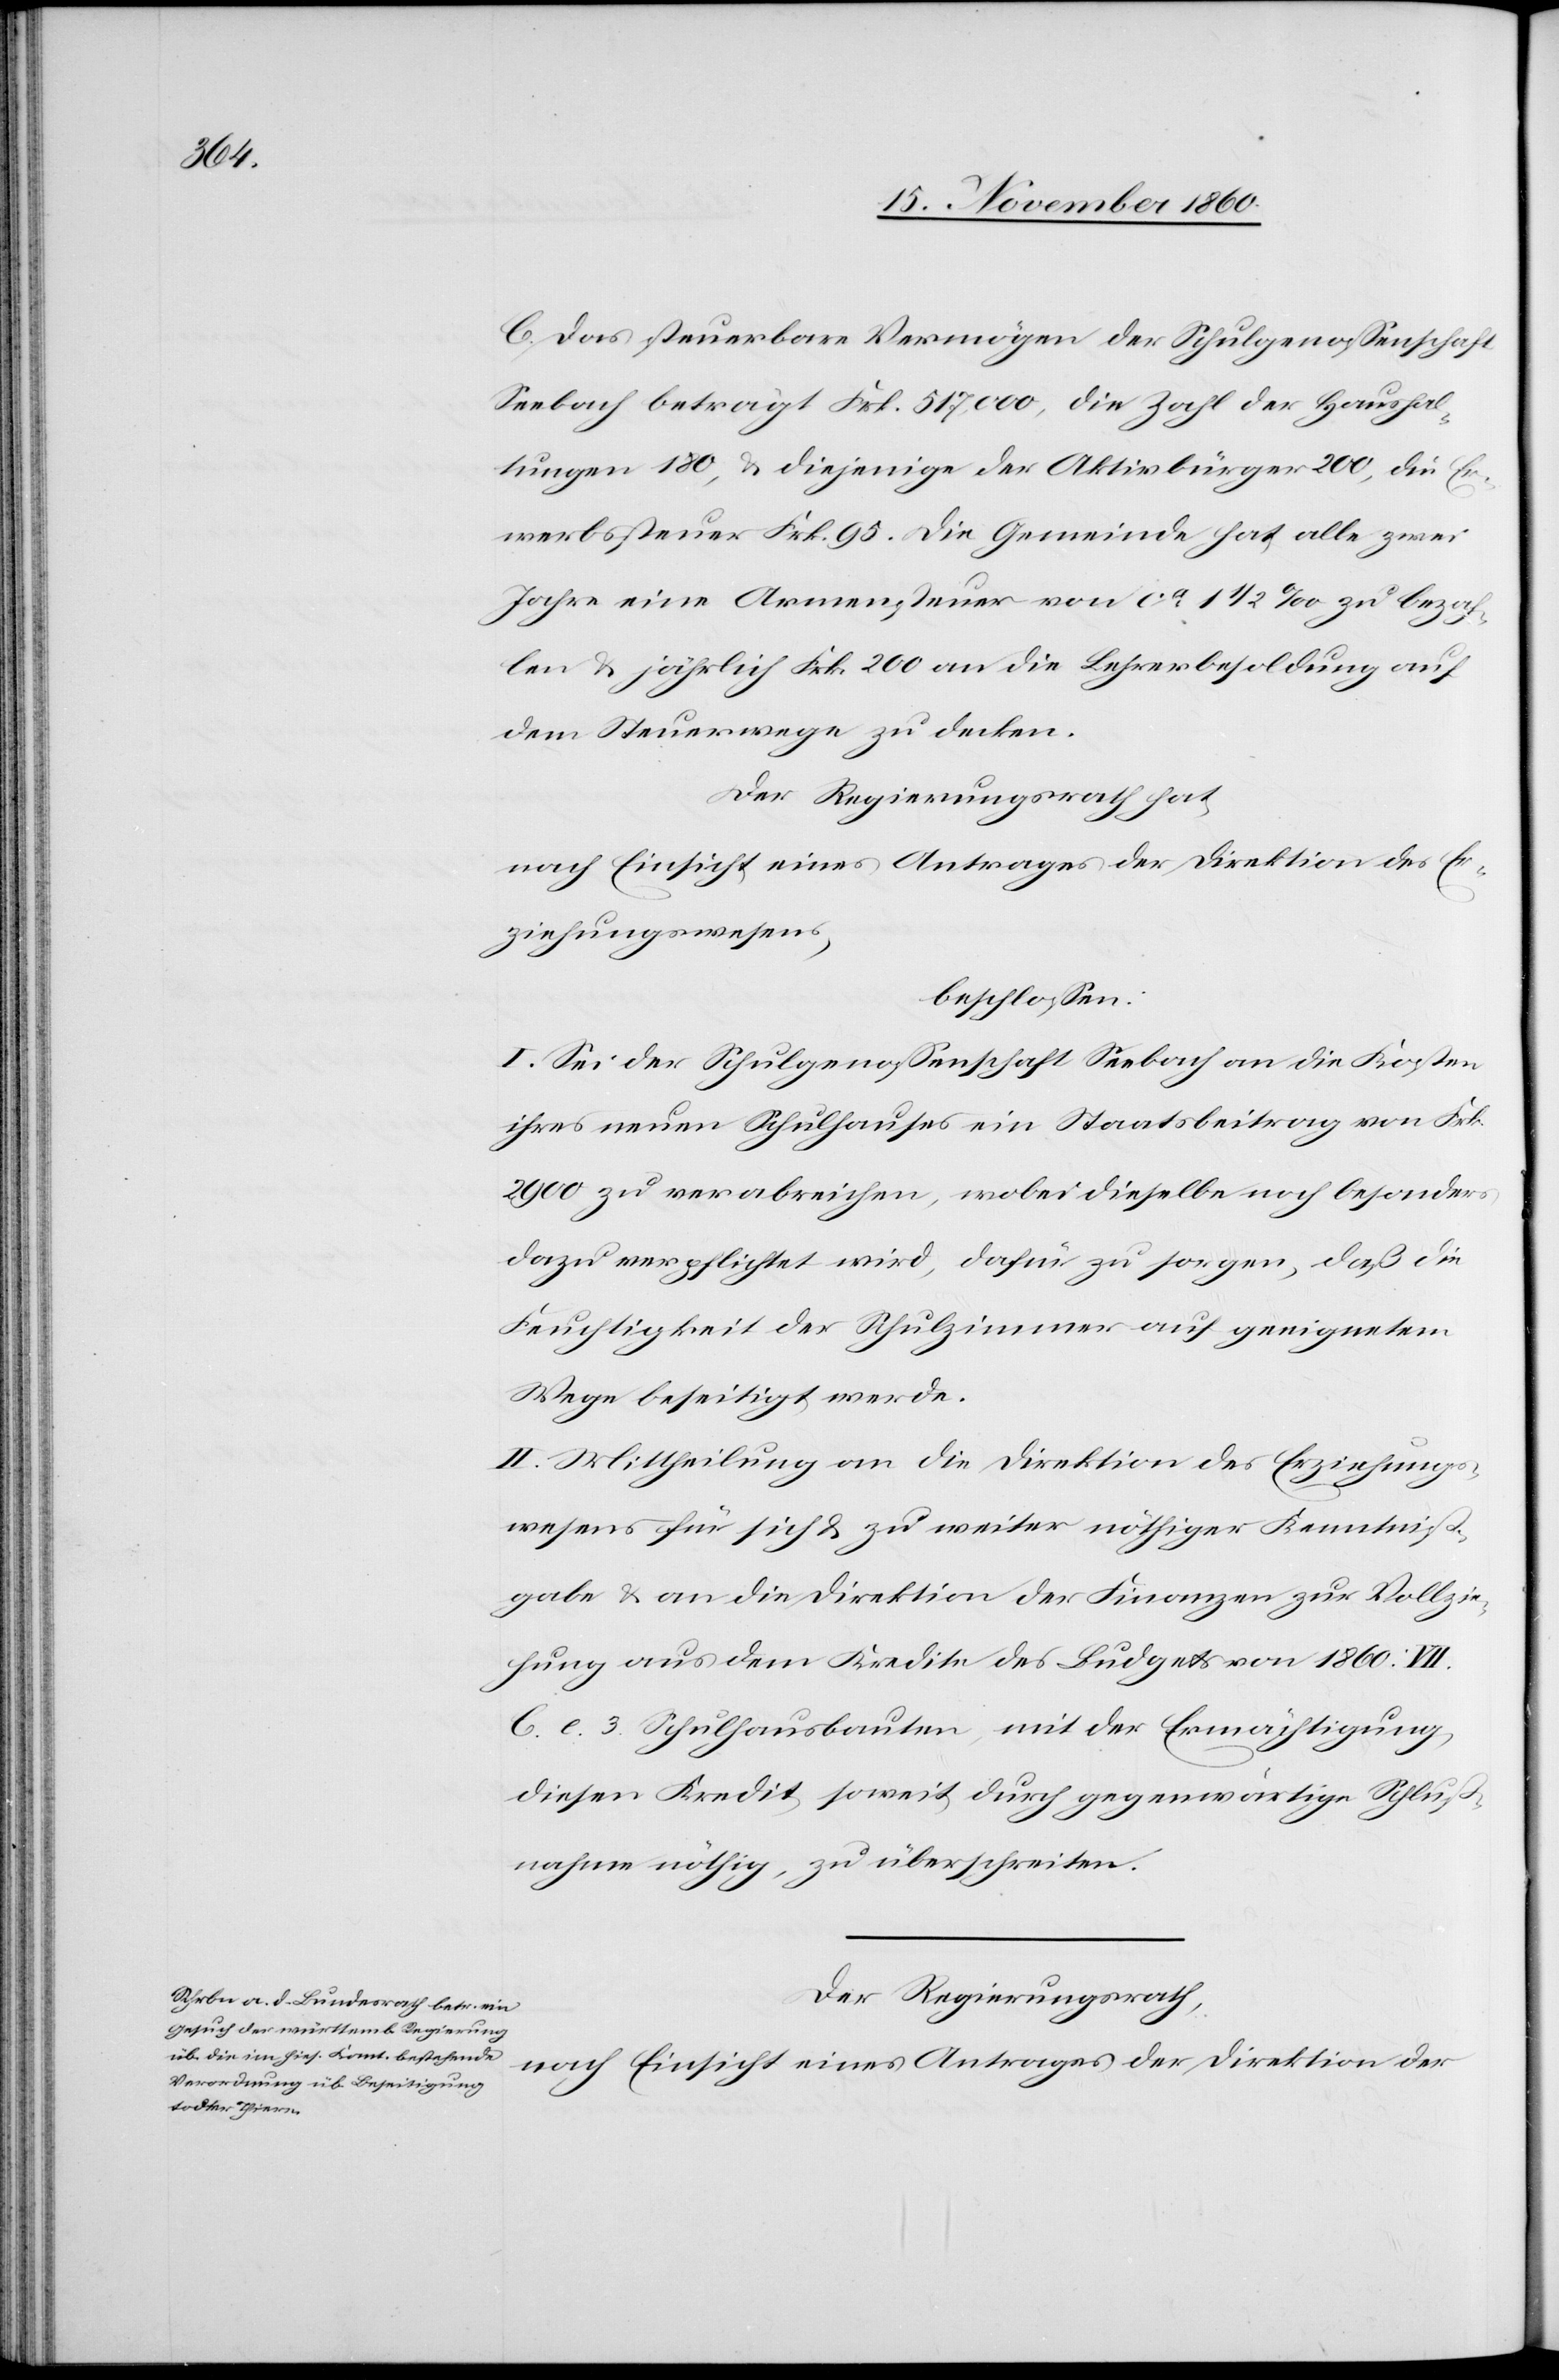
C. Das steuerbare Vermögen der Schulgenossenschaft
Seebach beträgt Frk. 517,000, die Zahl der Haushal¬
tungen 180, u. diejenige der Aktivbürger 200, die Er¬
werbssteuer Frk. 95. Die Gemeinde hat alle zwei
Jahre eine Armensteuer von ca 1 1/2 ‰ zu bezah¬
len u. jährlich Frk. 200 an die Lehrerbesoldung auf
dem Steuerwege zu decken.
Der Regierungsrath hat,
nach Einsicht eines Antrages der Direktion des E¬
rziehungswesens,
beschlossen:
I. Sei der Schulgenossenschaft Seebach an die Kosten
ihres neuen Schulhauses ein Staatsbeitrag von Frk.
2900 zu verabreichen, wobei dieselbe noch besonders
dazu verpflichtet wird, dafür zu sorgen, daß die
Feuchtigkeit der Schulzimmer auf geeignetem
Wege beseitigt werde.
II. Mittheilung an die Direktion des Erziehungs¬
wesens für sich u. zu weiter nöthiger Kenntniß¬
gabe u. an die Direktion der Finanzen zur Vollzie¬
hung aus dem Kredite des Budgets von 1860: VII.
C. e. 3 Schulhausbauten, mit der Ermächtigung,
diesen Kredit soweit durch gegenwärtige Schluß¬
nahme nöthig zu überschreiten.
Der Regierungsrath,
nach Einsicht eines Antrages der Direktion der